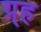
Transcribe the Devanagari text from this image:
ग्र्ह